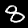
Digit: 8